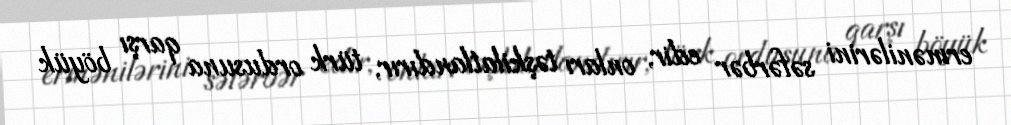
ermənilərini səfərbər edir, onları təşkilatlandırır, türk ordusuna qarşı böyük